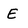
Character: E